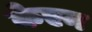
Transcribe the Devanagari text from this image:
केएन